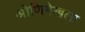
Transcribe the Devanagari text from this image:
श्रोणिमेखला